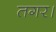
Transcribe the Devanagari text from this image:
तगर।